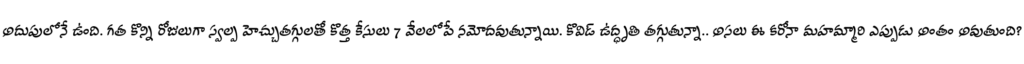
అదుపులోనే ఉంది. గత కొన్ని రోజులుగా స్వల్ప హెచ్చుతగ్గులతో కొత్త కేసులు 7 వేలలోపే నమోదవుతున్నాయి. కొవిడ్ ఉద్ధృతి తగ్గుతున్నా.. అసలు ఈ కరోనా మహమ్మారి ఎప్పుడు అంతం అవుతుంది?